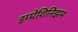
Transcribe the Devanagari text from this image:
इम्प्रेशिनिझम